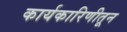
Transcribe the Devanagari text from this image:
कार्यकारिणीतून